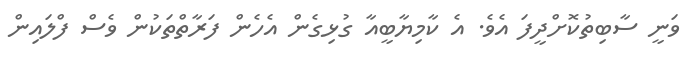
ވަނީ ސާބިތުކޮށްދީފަ އެވެ. އެ ކާމިޔާބީއާ ގުޅިގެން އެހެން ފަރާތްތަކުން ވެސް ފްލައިން